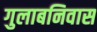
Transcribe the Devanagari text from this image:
गुलाबनिवास